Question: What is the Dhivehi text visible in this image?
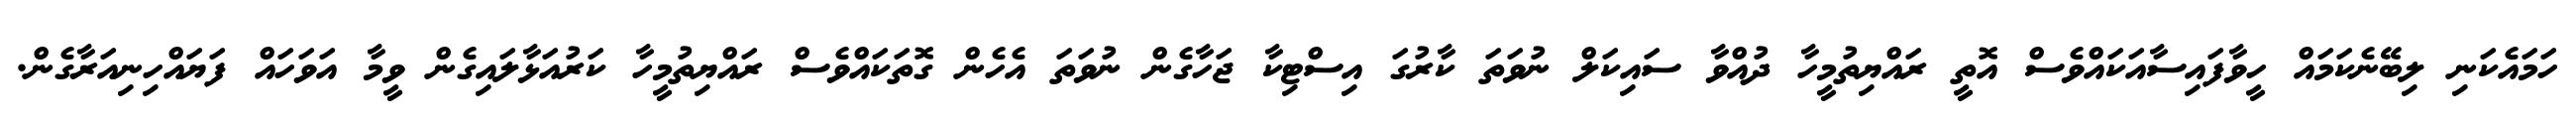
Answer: ހަމައެކަނި ލިބޭނެކަމައް ހީވާފައިސާއަކައްވެސް އޮތީ ރައްޔިތުމީހާ ދުއްވާ ސައިކަލް ނުވަތަ ކާރުގަ އިސްޓިކާ ޖަހާގެން ނުވަތަ އެހެން ގޮތަކައްވެސް ރައްޔިތުމީހާ ކަރުއަޅާލައިގެން ވީމާ އަވަހައް ފަޔައްހިނިއަރާގެން.